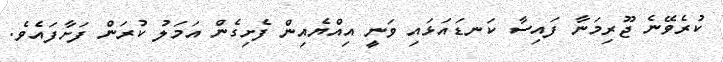
ކުރެވޭނެ ޖޫރިމަނާ ފައިސާ ކަނޑައަޅައި ވަނީ އިއްޔެއިން ފެށިގެން އަމަލު ކުރަން ފަށާފައެވެ.